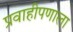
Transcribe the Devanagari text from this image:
प्रवाहीपणाला